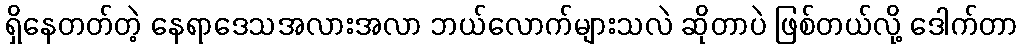
ရှိနေတတ်တဲ့ နေရာဒေသအလားအလာ ဘယ်လောက်များသလဲ ဆိုတာပဲ ဖြစ်တယ်လို့ ဒေါက်တာ